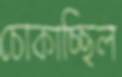
চোকাচ্ছিল